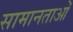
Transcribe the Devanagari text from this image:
सामानताओं